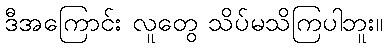
ဒီအကြောင်း လူတွေ သိပ်မသိကြပါဘူး။